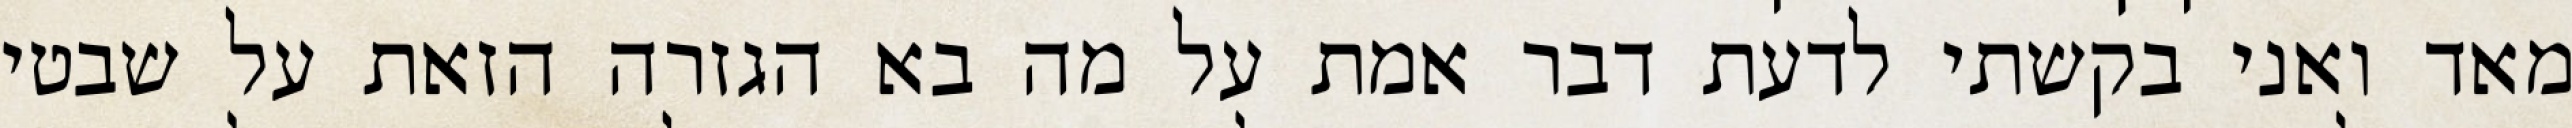
מאד ואני בקשתי לדעת דבר אמת על מה בא הגזרה הזאת על שבטי